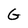
Character: G